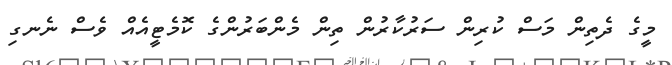
މީގެ ދެތިން މަސް ކުރިން ސަރުކާރުން ތިން މެންބަރުންގެ ކޮމެޓީއެއް ވެސް ނެނގި